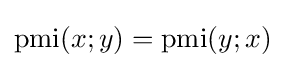
\operatorname {pmi} (x;y)=\operatorname {pmi} (y;x)